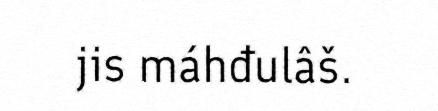
jis máhđulâš.